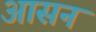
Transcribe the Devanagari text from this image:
अासन